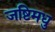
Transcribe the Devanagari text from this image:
जष्टिमधु